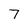
Character: 7